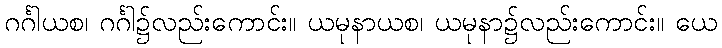
ဂင်္ဂါယစ၊ ဂင်္ဂါ၌လည်းကောင်း။ ယမုနာယစ၊ ယမုနာ၌လည်းကောင်း။ ယေ